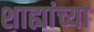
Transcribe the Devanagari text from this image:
शाह्यांच्या